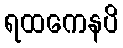
ရထကေနပိ